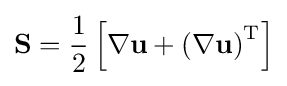
\mathbf {S} ={\frac {1}{2}}\left[\nabla \mathbf {u} +\left(\nabla \mathbf {u} \right)^{\mathrm {T} }\right]